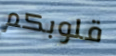
قلوبكم